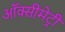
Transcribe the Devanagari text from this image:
ऑक्सीमेट्री